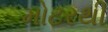
મોટરથી